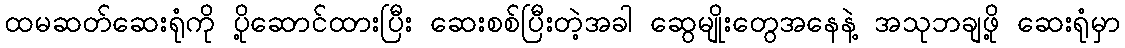
ထမဆတ်ဆေးရုံကို ပို့ဆောင်ထားပြီး ဆေးစစ်ပြီးတဲ့အခါ ဆွေမျိုးတွေအနေနဲ့ အသုဘချဖို့ ဆေးရုံမှာ